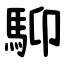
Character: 䭹